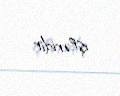
işləridir.